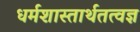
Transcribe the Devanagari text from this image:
धर्मशास्तार्थतत्वज्ञ